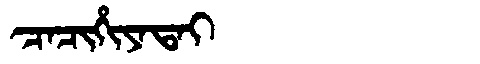
Manchu: ᠴᠠᠴᡳᡥᡳᠶᠠᡨᠠᡳ
Romanization: CACIHIYATAI